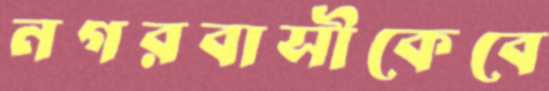
নগরবাসীকেবে